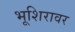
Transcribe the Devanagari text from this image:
भूशिरावर